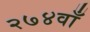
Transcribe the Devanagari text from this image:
२७४वाँ